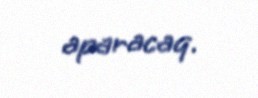
aparacaq.